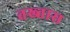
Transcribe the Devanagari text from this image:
तख्तास